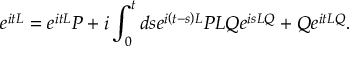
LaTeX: e ^ { i t L } = e ^ { i t L } P + i \int _ { 0 } ^ { t } d s e ^ { i \left( t - s \right) L } P L Q e ^ { i s L Q } + Q e ^ { i t L Q } .